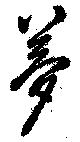
夢